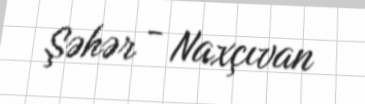
Şəhər - Naxçıvan